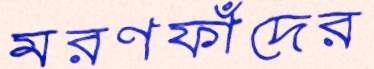
মরণফাঁদের